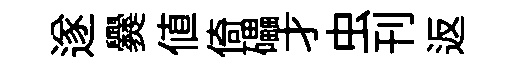
遂爨値倚礧才虫刊返